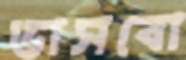
ভাসবো